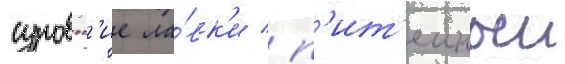
суровск'ие ла́вк'и / п'ит'еиныи